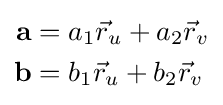
{\begin{aligned}\mathbf {a} &=a_{1}{\vec {r}}_{u}+a_{2}{\vec {r}}_{v}\\\mathbf {b} &=b_{1}{\vec {r}}_{u}+b_{2}{\vec {r}}_{v}\end{aligned}}